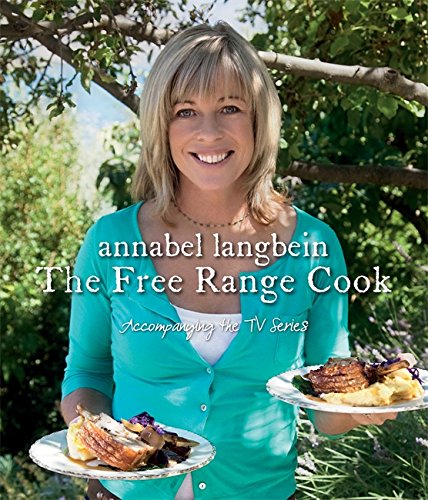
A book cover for Annabel Langbein The Free Range Cook; Annabel Langbein; Cookbooks, Food & Wine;